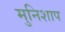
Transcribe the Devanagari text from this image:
मुनिशाप